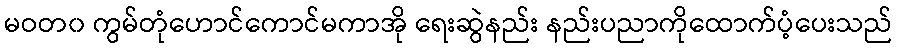
မဝတ၀ ကွမ်တုံဟောင်ကောင်မကာအို ရေးဆွဲနည်း နည်းပညာကိုထောက်ပံ့ပေးသည်